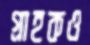
গ্রাহকও